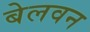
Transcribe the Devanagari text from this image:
बेलवन